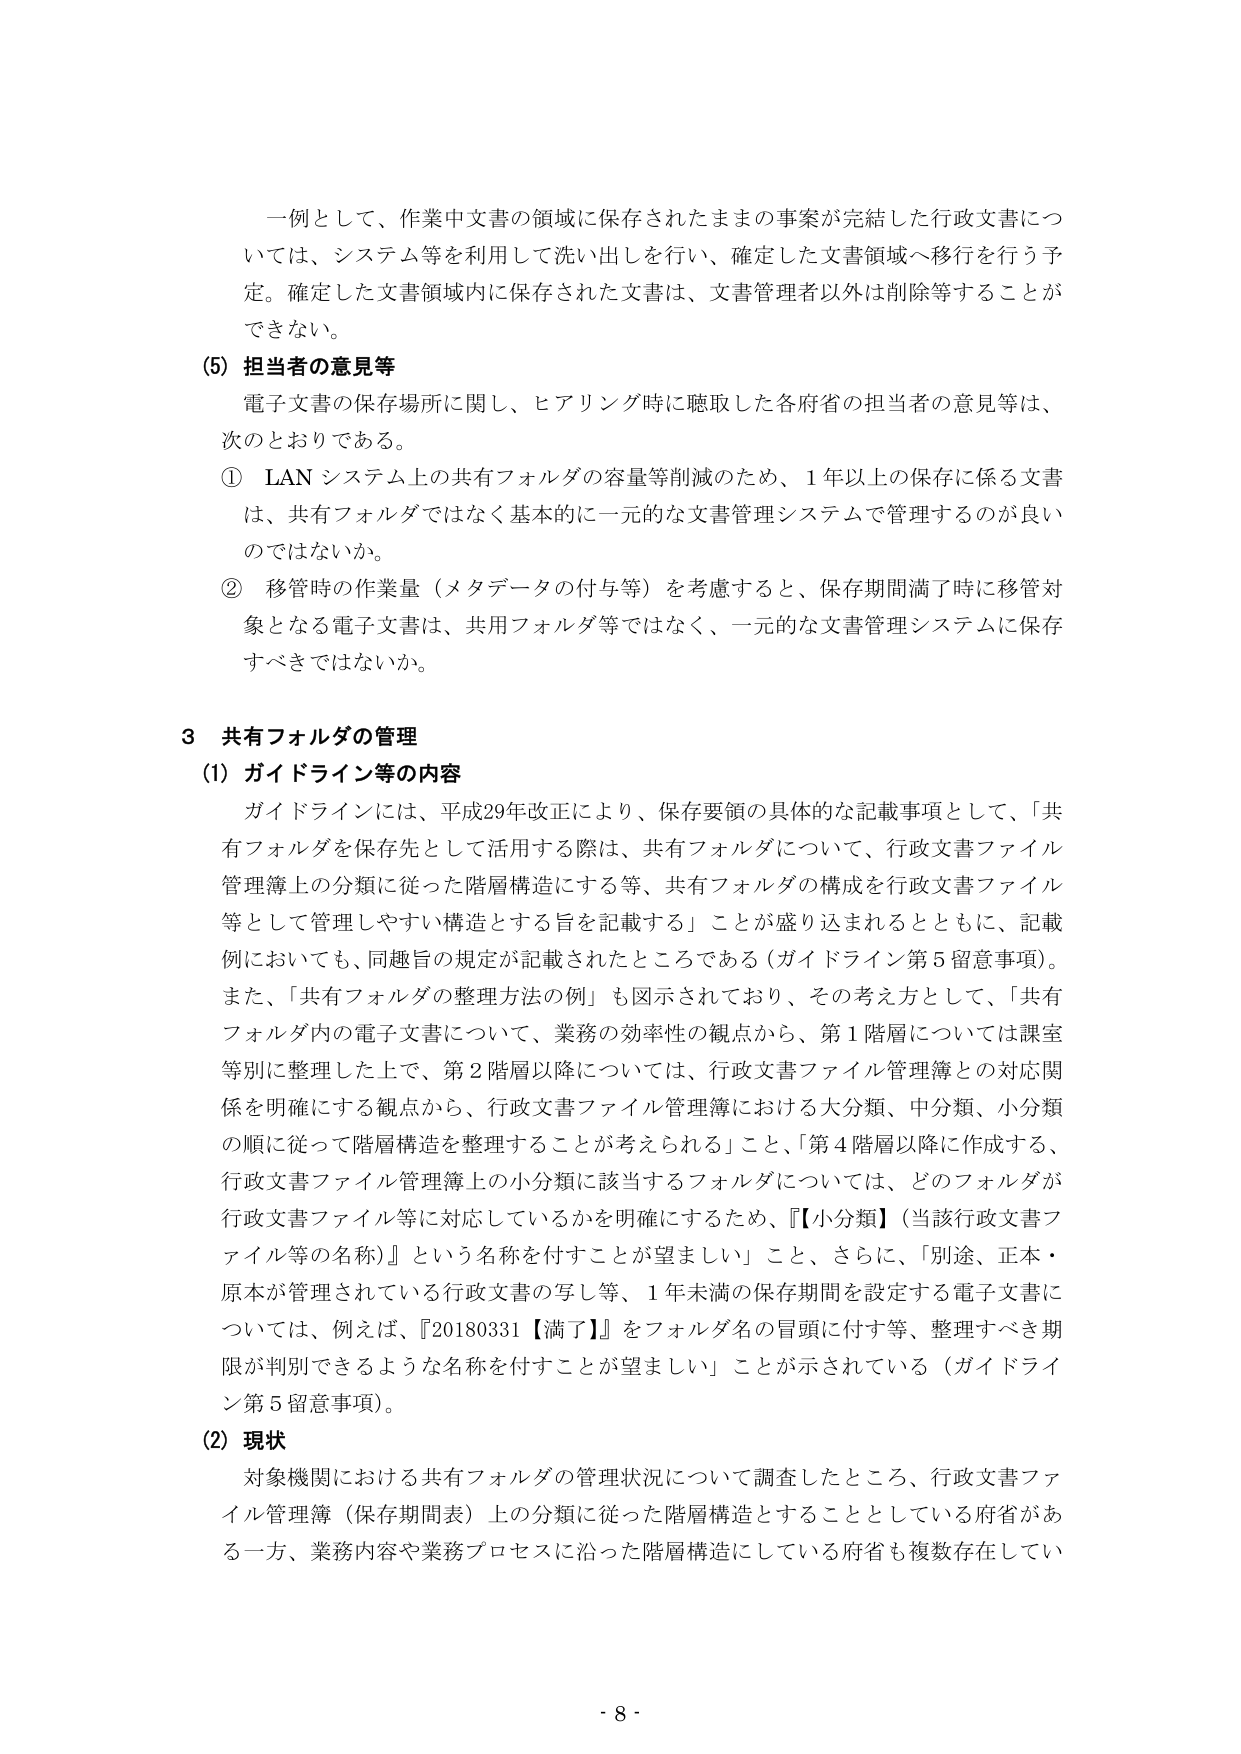
一例として、作業中文書の領域に保存されたままの事案が完結した行政文書については、システム等を利用して洗い出しを行い、確定した文書領域へ移行を行う予定。確定した文書領域内に保存された文書は、文書管理者以外は削除等することができない。

(5) 担当者の意見等
電子文書の保存場所に関し、ヒアリング時に聴取した各府省の担当者の意見等は、次のとおりである。
① LAN システム上の共有フォルダの容量等削減のため、1年以上の保存に係る文書は、共有フォルダではなく基本的に一元的な文書管理システムで管理するのが良いのではないか。
② 移管時の作業量（メタデータの付与等）を考慮すると、保存期間満了時に移管対象となる電子文書は、共用フォルダ等ではなく、一元的な文書管理システムに保存すべきではないか。

3 共有フォルダの管理
(1) ガイドライン等の内容
ガイドラインには、平成29年改正により、保存要領の具体的な記載事項として、「共有フォルダを保存先として活用する際は、共有フォルダについて、行政文書ファイル管理簿上の分類に従った階層構造にする等、共有フォルダの構成を行政文書ファイル等として管理しやすい構造とする旨を記載する」ことが盛り込まれるとともに、記載例においても、同趣旨の規定が記載されたところである（ガイドライン第5留意事項）。また、「共有フォルダの整理方法の例」も図示されており、その考え方として、「共有フォルダ内の電子文書について、業務の効率性の観点から、第1階層については課室等別に整理した上で、第2階層以降については、行政文書ファイル管理簿との対応関係を明確にする観点から、行政文書ファイル管理簿における大分類、中分類、小分類の順に従って階層構造を整理することが考えられる」こと、「第4階層以降に作成する、行政文書ファイル管理簿上の小分類に該当するフォルダについては、どのフォルダが行政文書ファイル等に対応しているかを明確にするため、『【小分類】（当該行政文書ファイル等の名称）』という名称を付すことが望ましい」こと、さらに、「別途、正本・原本が管理されている行政文書の写し等、1年未満の保存期間を設定する電子文書については、例えば、『20180331【満了】』をフォルダ名の冒頭に付す等、整理すべき期限が判別できるような名称を付すことが望ましい」ことが示されている（ガイドライン第5留意事項）。

(2) 現状
対象機関における共有フォルダの管理状況について調査したところ、行政文書ファイル管理簿（保存期間表）上の分類に従った階層構造とすることとしている府省がある一方、業務内容や業務プロセスに沿った階層構造にしている府省も複数存在してい

- 8 -